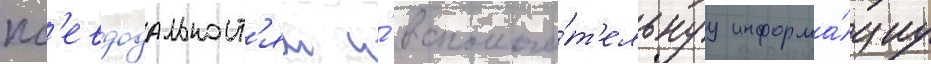
пс'евдодальност'ям и́ вспомога́т'ельнуу информа́циу